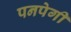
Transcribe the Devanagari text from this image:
पनपेगी